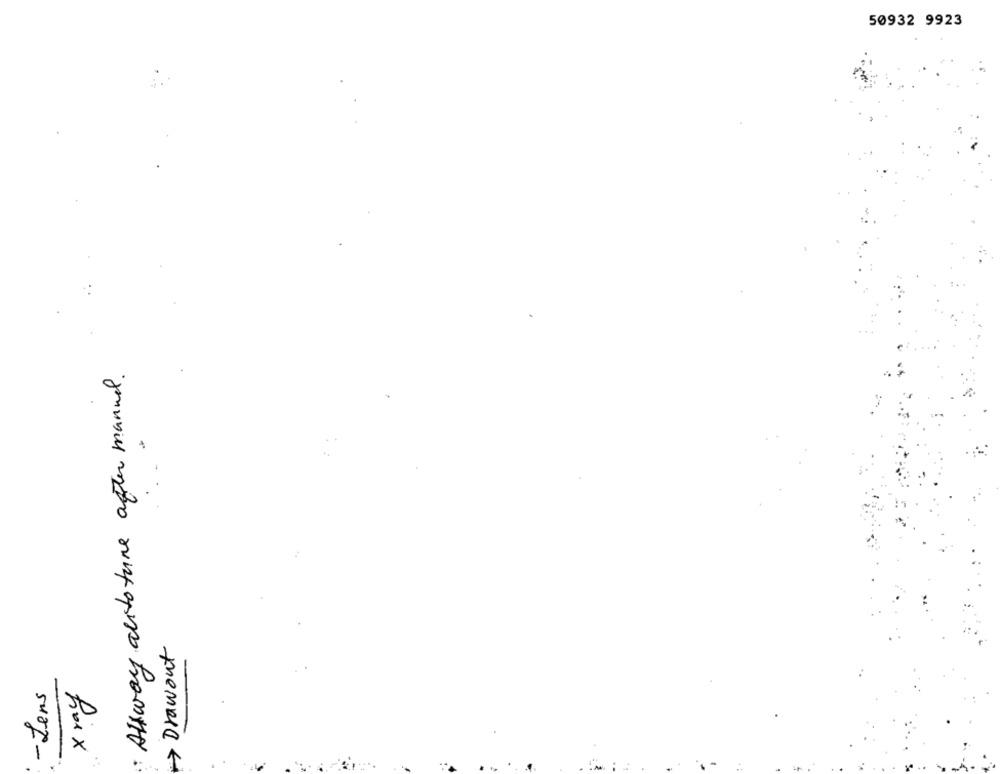
50932 9923
Alsway alito tune after manuel .
- Lens
Roix
themelet